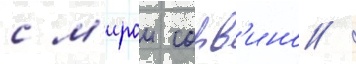
с м'ирои сорв'ино /